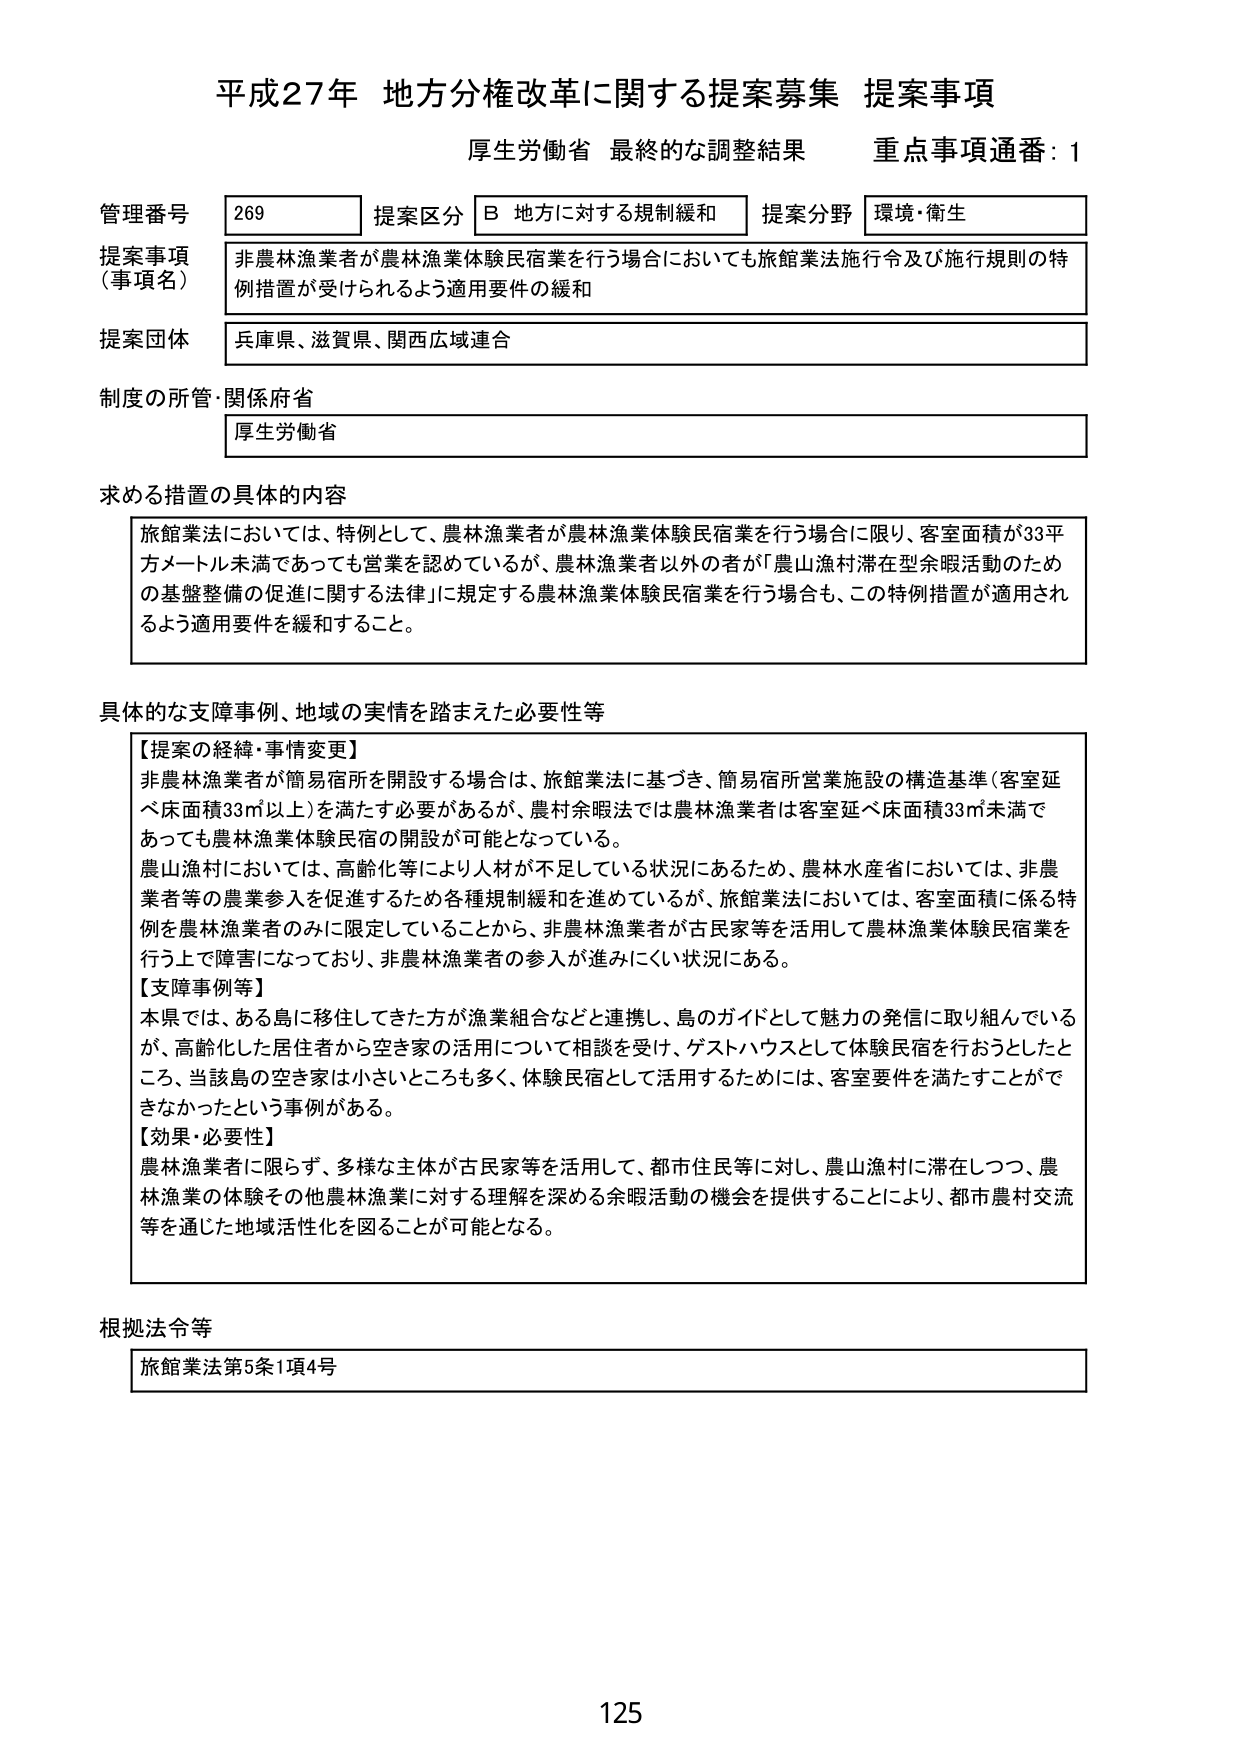
平成27年 地方分権改革に関する提案募集 提案事項
厚生労働省 最終的な調整結果 重点事項通番：1

管理番号 269 提案区分 B 地方に対する規制緩和 提案分野 環境・衛生
提案事項（事項名） 非農林漁業者が農林漁業体験民宿業を行う場合においても旅館業法施行令及び施行規則の特例措置が受けられるよう適用要件の緩和
提案団体 兵庫県、滋賀県、関西広域連合
制度の所管・関係府省 厚生労働省

求める措置の具体的内容
旅館業法においては、特例として、農林漁業者が農林漁業体験民宿業を行う場合に限り、客室面積が33平方メートル未満であっても営業を認めているが、農林漁業者以外の者が「農山漁村滞在型余暇活動のための基盤整備の促進に関する法律」に規定する農林漁業体験民宿業を行う場合も、この特例措置が適用されるよう適用要件を緩和すること。

具体的な支障事例、地域の実情を踏まえた必要性等
【提案の経緯・事情変更】
非農林漁業者が簡易宿所を開設する場合は、旅館業法に基づき、簡易宿所営業施設の構造基準（客室延べ床面積33㎡以上）を満たす必要があるが、農村余暇法では農林漁業者は客室延べ床面積33㎡未満であっても農林漁業体験民宿の開設が可能となっている。
農山漁村においては、高齢化等により人材が不足している状況にあるため、農林水産省においては、非農業者等の農業参入を促進するため各種規制緩和を進めているが、旅館業法においては、客室面積に係る特例を農林漁業者のみに限定していることから、非農林漁業者が古民家等を活用して農林漁業体験民宿業を行う上で障害になっており、非農林漁業者の参入が進みにくい状況にある。
【支障事例等】
本県では、ある島に移住してきた方が漁業組合などと連携し、島のガイドとして魅力の発信に取り組んでいるが、高齢化した居住者から空き家の活用について相談を受け、ゲストハウスとして体験民宿を行おうとしたところ、当該島の空き家は小さいところも多く、体験民宿として活用するためには、客室要件を満たすことができなかったという事例がある。
【効果・必要性】
農林漁業者に限らず、多様な主体が古民家等を活用して、都市住民等に対し、農山漁村に滞在しつつ、農林漁業の体験その他農林漁業に対する理解を深める余暇活動の機会を提供することにより、都市農村交流等を通じた地域活性化を図ることが可能となる。

根拠法令等
旅館業法第5条1項4号

125